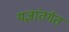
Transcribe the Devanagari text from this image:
यज्ञांतर्गत